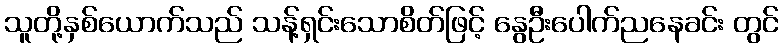
သူတို့နှစ်ယောက်သည် သန့်ရှင်းသောစိတ်ဖြင့် နွေဦးပေါက်ညနေခင်း တွင်